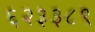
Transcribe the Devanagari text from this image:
६२३३८९